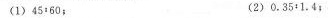
(1)45:60； (2)0.35:1.4；